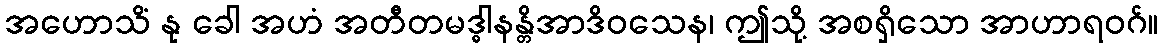
အဟောသိံ နု ခေါ အဟံ အတီတမဒ္ဓါနန္တိအာဒိဝသေန၊ ဤသို့ အစရှိသော အာဟာရဝဂ်။